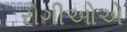
રોગીઓએ